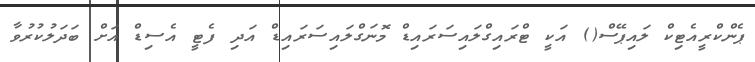
ޕެންކްރީއެޓިކް ލައިޕޭސް() އަކީ ޓްރައިގްލައިސަރައިޑް މޮނަގްލައިސަރައިޑް އަދި ފެޓީ އެސިޑް އަށް ބަދަލުކުރުވާ